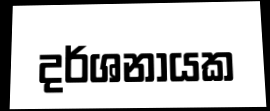
දර්ශනායක